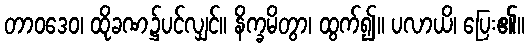
တာဝဒေဝ၊ ထိုခဏ၌ပင်လျှင်။ နိက္ခမိတွာ၊ ထွက်၍။ ပလာယိ၊ ပြေး၏။